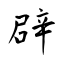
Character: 辟